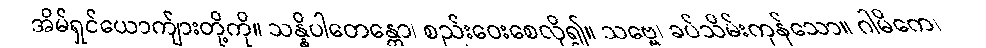
အိမ်ရှင်ယောက်ျားတို့ကို။ သန္နိပါတေန္တော၊ စည်းဝေးစေလို၍။ သဗ္ဗေ၊ ခပ်သိမ်းကုန်သော။ ဂါမိကေ၊